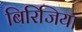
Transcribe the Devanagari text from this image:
बिरिजिया